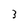
Character: 3